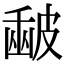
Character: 𥀉